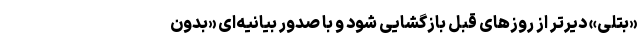
«بتلی» دیرتر از روزهای قبل بازگشایی شود و با صدور بیانیه‌ای «بدون